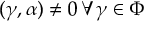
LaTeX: ( \gamma , \alpha ) \neq 0 \, \forall \gamma \in \Phi